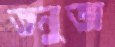
তনুজ